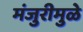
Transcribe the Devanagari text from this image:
मंजुरीमुळे